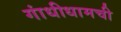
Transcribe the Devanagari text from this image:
गांधीधामची